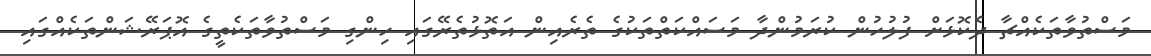
މަސްތުވާތަކެއްޗާ ދެކޮޅަށް ފުލުހުން ކުރަމުންދާ މަސައްކަތްތަކުގެ ތެރެއިން އަތޮޅުތެރޭގައި ހިންގި މަސްތުވާތަކެތީގެ އޮޕަރޭޝަންތަކެއްގައި